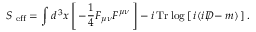
S _ { \mathrm { \scriptsize ~ e f f } } = \int d ^ { \, 3 } x \left[ \, - \frac { 1 } { 4 } F _ { \mu \nu } F ^ { \mu \nu } \, \right] - i \, \mathrm { T r } \log \left[ \, i ( i D \! \! \! \! / - m ) \, \right] .